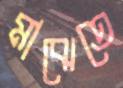
মাঝেতে